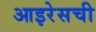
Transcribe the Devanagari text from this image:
आइरेसची